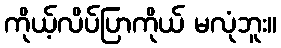
ကိုယ့်လိပ်ပြာကိုယ် မလုံဘူး။